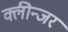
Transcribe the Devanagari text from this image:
क्लीन्जर